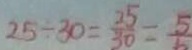
2 5 \div 3 0 = \frac { 2 5 } { 3 0 } = \frac { 5 } { 6 }